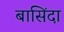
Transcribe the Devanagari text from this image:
बासिंदा